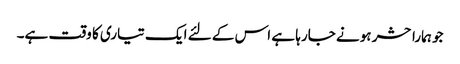
جو ہمارا حشر ہونے جارہا ہے اس کے لئے ایک تیاری کا وقت ہے۔